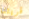
قريتنا